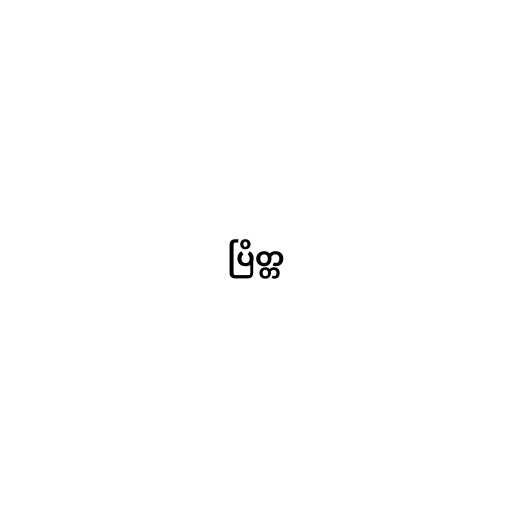
ပြိတ္တ